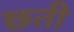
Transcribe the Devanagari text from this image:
छती